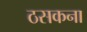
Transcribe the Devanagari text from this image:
ठसकना